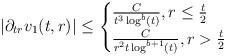
LaTeX: \begin{align*} |\partial_{tr}v_{1}(t,r)| \leq \begin{cases} \frac{C}{t^{3}\log^{b}(t)}, r \leq \frac{t}{2}\\\frac{C}{r^{2}t \log^{b+1}(t)}, r > \frac{t}{2}\end{cases}\end{align*}